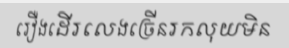
រឿងដើរលេងច្រើនរកលុយមិន